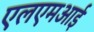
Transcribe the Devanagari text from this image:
एलएमआई